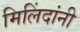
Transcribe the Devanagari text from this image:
मिलिंदांनी